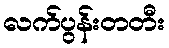
လက်ပွန်းတတီး